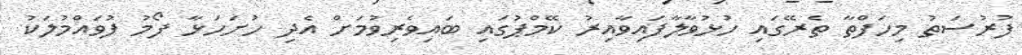
ފުރުސަތު މިހަފްތާ ތެރޭގައި ހުޅުވާލާފައިވާއިރު ކޭމްޕުގައި ބައިވެރިވުމަށް އެދި ހުށަހަޅާ ފޯމު ފުވައްމުލަކު